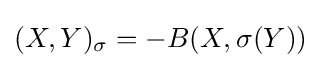
\displaystyle {(X,Y)_{\sigma }=-B(X,\sigma (Y))}